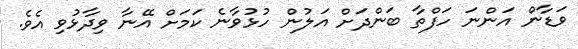
ވަޑާން އަންނަ ހަފްތާ ބަންދަށް އަލުން ހުޅުވާނެ ކަމަށް އޭނާ ވިދާޅުވި އެވެ.